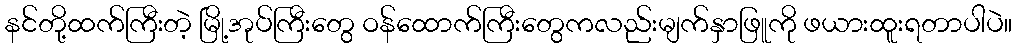
နင်တို့ထက်ကြီးတဲ့ မြို့အုပ်ကြီးတွေ ဝန်ထောက်ကြီးတွေကလည်းမျက်နှာဖြူကို ဖယားထူးရတာပါပဲ။